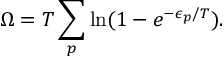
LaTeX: \Omega = T \sum _ { p } \ln ( 1 - e ^ { - \epsilon _ { p } / T } ) .